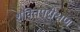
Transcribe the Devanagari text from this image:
शक्तिपरीक्षण